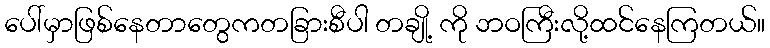
ပေါ်မှာဖြစ်နေတာတွေကတခြားစီပါ တချို့ ကို ဘဝကြီးလို့ထင်နေကြတယ်။